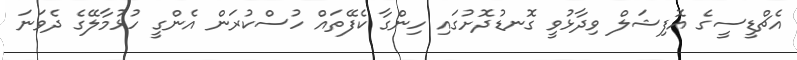
އެޗްޑީސީގެ އޮފިޝަލް ވިދާޅުވީ ގޮނޑުދޮށުގައި ހިންގާ ކެފޭތައް ހުސްކުރަން އެންގީ ހުޅުމާލޭގެ ދެވަނަ